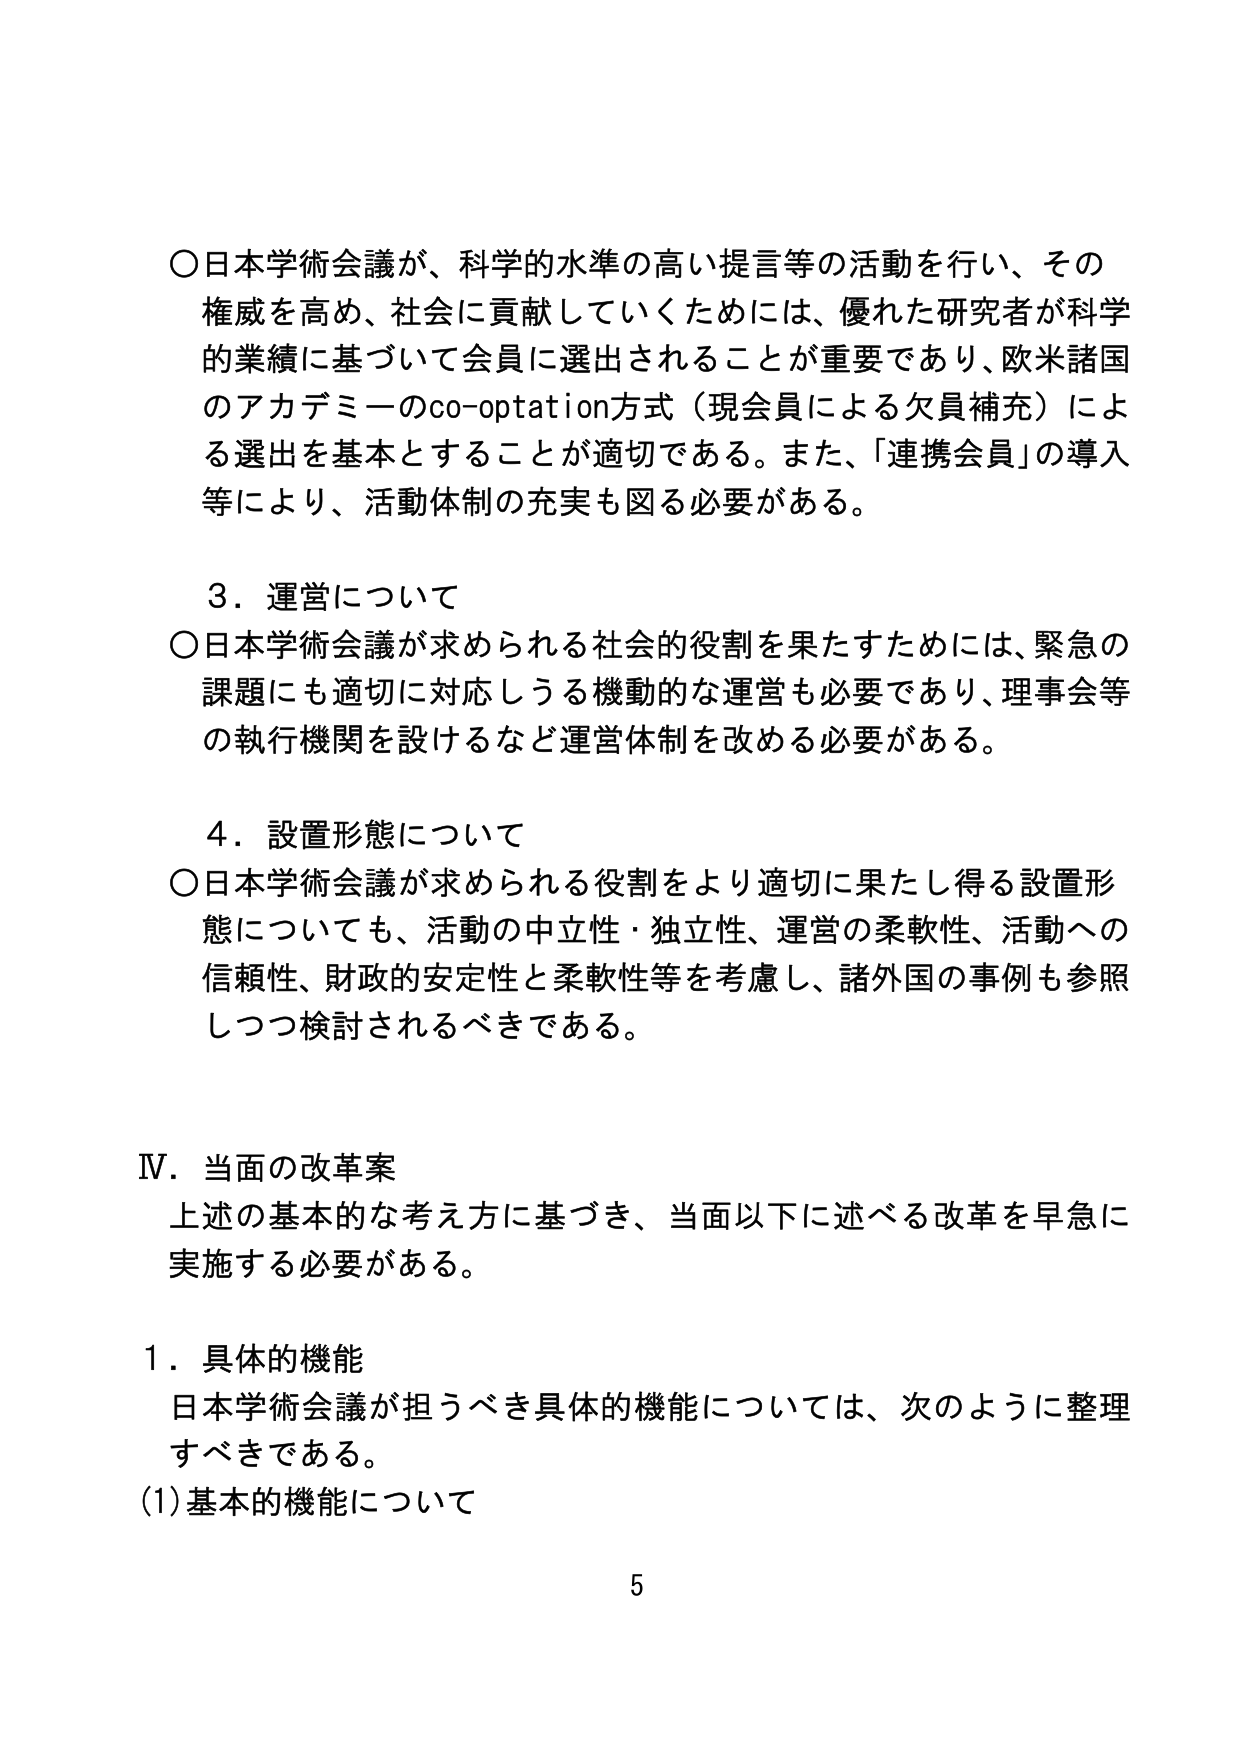
○日本学術会議が、科学的水準の高い提言等の活動を行い、その権威を高め、社会に貢献していくためには、優れた研究者が科学的業績に基づいて会員に選出されることが重要であり、欧米諸国のアカデミーのco-optation方式（現会員による欠員補充）による選出を基本とすることが適切である。また、「連携会員」の導入等により、活動体制の充実も図る必要がある。

３．運営について
○日本学術会議が求められる社会的役割を果たすためには、緊急の課題にも適切に対応しうる機動的な運営も必要であり、理事会等の執行機関を設けるなど運営体制を改める必要がある。

４．設置形態について
○日本学術会議が求められる役割をより適切に果たし得る設置形態についても、活動の中立性・独立性、運営の柔軟性、活動への信頼性、財政的安定性と柔軟性等を考慮し、諸外国の事例も参照しつつ検討されるべきである。

Ⅳ．当面の改革案
上述の基本的な考え方に基づき、当面以下に述べる改革を早急に実施する必要がある。

１．具体的機能
日本学術会議が担うべき具体的機能については、次のように整理すべきである。
(1) 基本的機能について

5